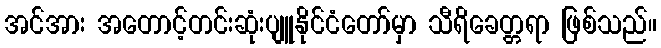
အင်အား အတောင့်တင်းဆုံးပျူနိုင်ငံတော်မှာ သီရိခေတ္တရာ ဖြစ်သည်။